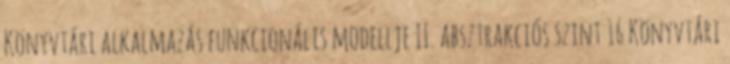
Könyvtári alkalmazás funkcionális modellje II. absztrakciós szint 16 Könyvtári